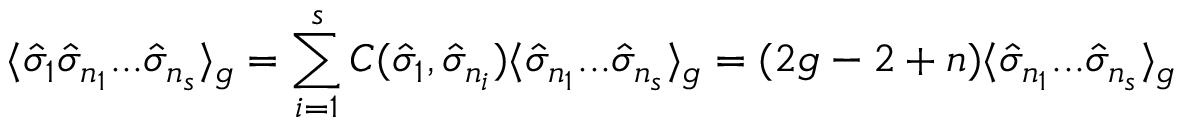
\langle { \hat { \sigma } } _ { 1 } { \hat { \sigma } } _ { n _ { 1 } } . . . { \hat { \sigma } } _ { n _ { s } } \rangle _ { g } = \sum _ { i = 1 } ^ { s } C ( { \hat { \sigma } } _ { 1 } , { \hat { \sigma } } _ { n _ { i } } ) \langle { \hat { \sigma } } _ { n _ { 1 } } . . . { \hat { \sigma } } _ { n _ { s } } \rangle _ { g } = ( 2 g - 2 + n ) \langle { \hat { \sigma } } _ { n _ { 1 } } . . . { \hat { \sigma } } _ { n _ { s } } \rangle _ { g }